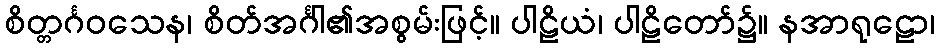
စိတ္တင်္ဂဝသေန၊ စိတ်အင်္ဂါ၏အစွမ်းဖြင့်။ ပါဠိယံ၊ ပါဠိတော်၌။ နအာရုဠော၊